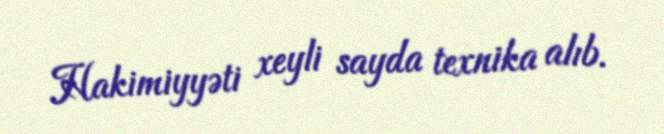
Hakimiyyəti xeyli sayda texnika alıb.